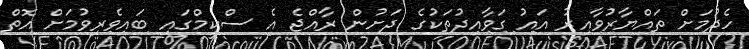
ހެދުމަށް ތައްޔާރުވާއިރު އައު ގަވާއިދުތަކުގެ ދަށުން ރާއްޖެ އެ ސްކީމްގައި ބައިވެރިވުމަށް އޮތް